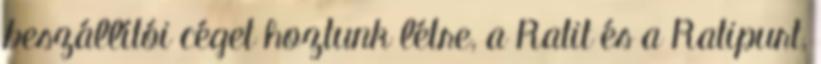
beszállítói céget hoztunk létre, a Ratit és a Ratipurt,